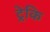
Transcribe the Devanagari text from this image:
ट्रेकि